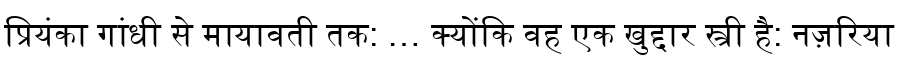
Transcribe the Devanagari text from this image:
प्रियंका गांधी से मायावती तक: … क्योंकि वह एक खुद्दार स्त्री है: नज़रिया